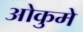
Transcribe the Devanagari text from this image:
ओकुमे